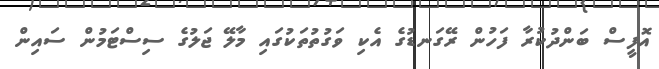
އޮފީސް ބަންދުކުރާ ފަހުން ރޭގަނޑުގެ އެކި ވަގުތުތަކުގައި މާލޭ ޖަލުގެ ސިސްޓަމުން ސައިން